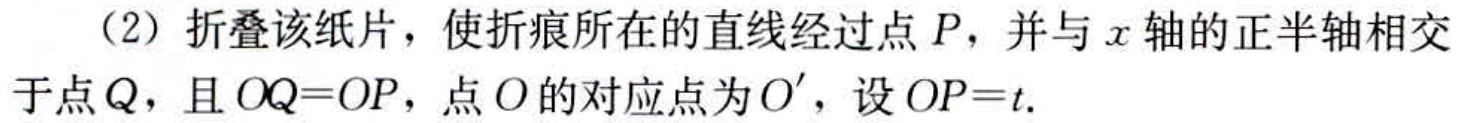
（2）折叠该纸片，使折痕所在的直线经过点\(P\)，并与\(x\)轴的正半轴相交于点\(Q\)，且\(OQ = OP\)，点\(O\)的对应点为\(O'\)，设\(OP = t\).